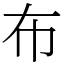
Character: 布